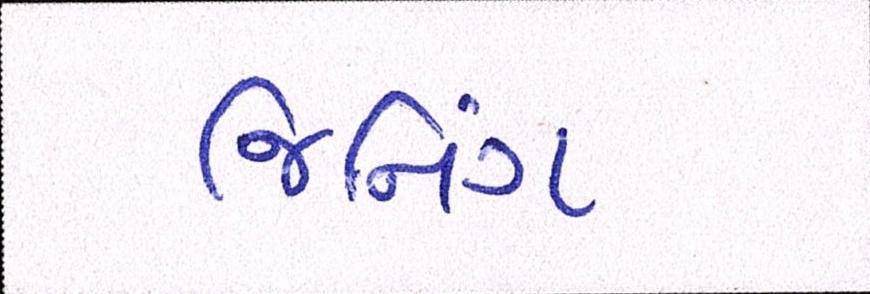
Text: જિનિંગ